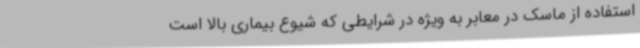
استفاده از ماسک در معابر به ویژه در شرایطی که شیوع بیماری بالا است